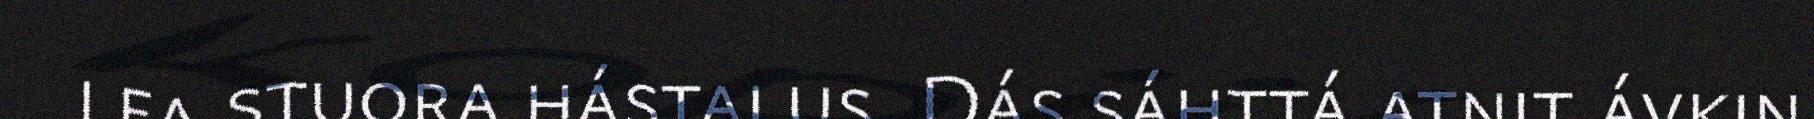
lea stuora hástalus. Dás sáhttá atnit ávkin